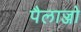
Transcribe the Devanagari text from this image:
पैलाज्जो